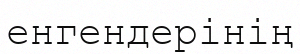
енгендерінің